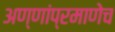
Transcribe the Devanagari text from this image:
अण्णांप्रमाणेच